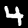
Digit: 4